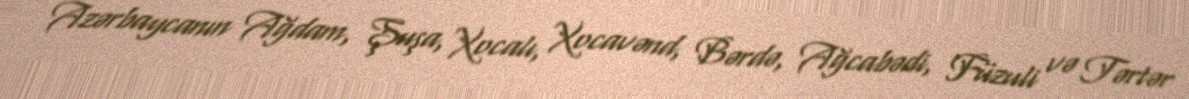
Azərbaycanın Ağdam, Şuşa, Xocalı, Xocavənd, Bərdə, Ağcabədi, Füzuli və Tərtər